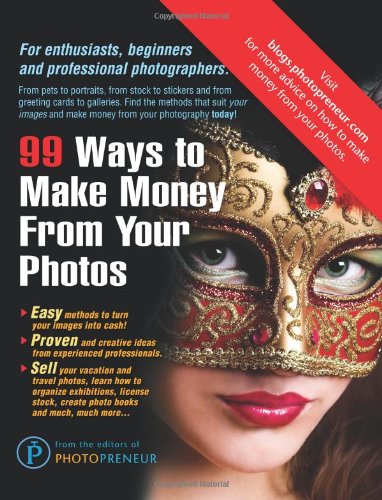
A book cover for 99 Ways To Make Money From Your Photos; The Editors of Photopreneur; Arts & Photography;